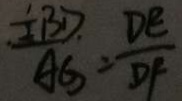
\frac { \frac { 1 } { 2 } B D } { A G } = \frac { D E } { D F }